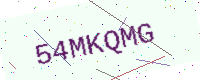
Text: 54MKQMG